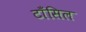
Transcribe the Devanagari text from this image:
टाँसिल